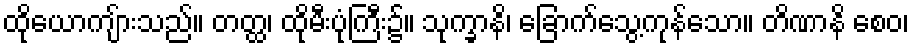
ထိုယောကျ်ားသည်။ တတ္ထ၊ ထိုမီးပုံကြီး၌။ သုက္ခာနိ၊ ခြောက်သွေ့ကုန်သော။ တိဏာနိ စေဝ၊